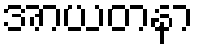
အာယတနာ